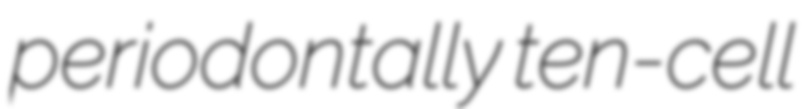
periodontally ten-cell